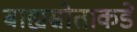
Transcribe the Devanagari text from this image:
बाह्यस्रोताकडे